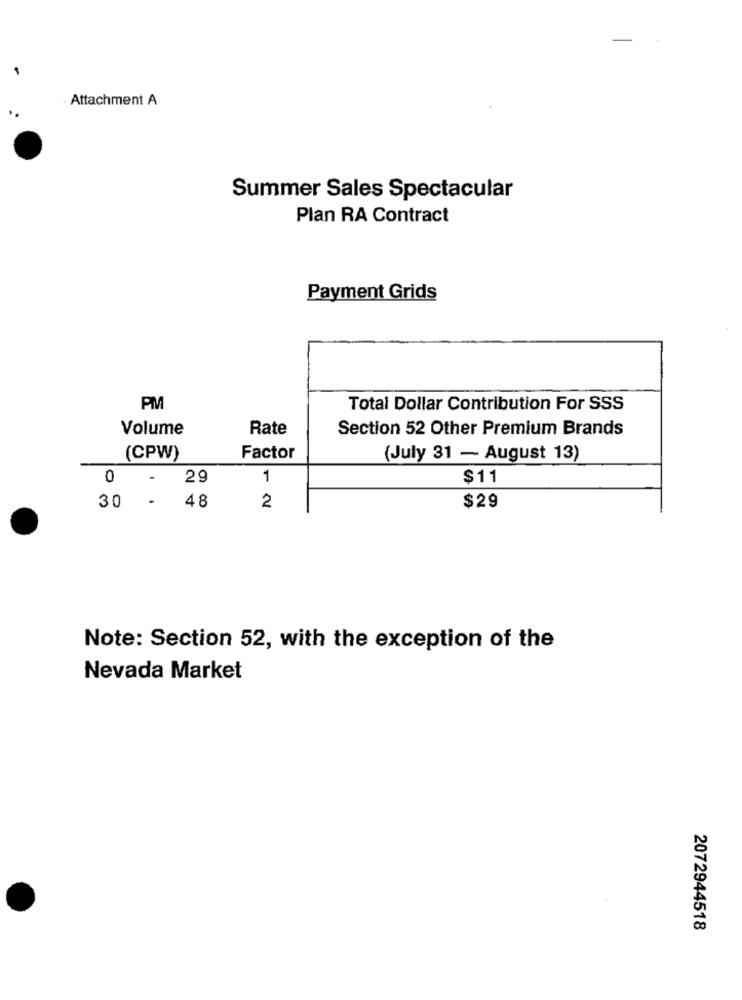
Attachment A
Summer Sales Spectacular
Plan RA Contract
Payment Grids
PM
Total Dollar Contribution For SSS
Volume
Rate
Section 52 Other Premium Brands
(CPW)
Factor
(July 31 - August 13)
0
29
1
$11
. 48
2
$29
30 -
Note: Section 52, with the exception of the
Nevada Market
2072944518